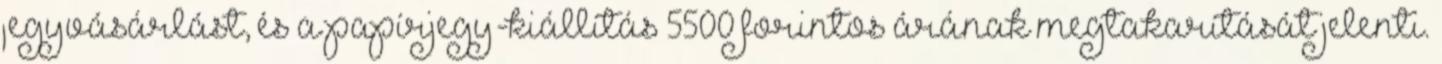
jegyvásárlást, és a papírjegy-kiállítás 5500 forintos árának megtakarítását jelenti.